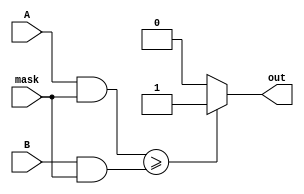
module Masked_Comparator (
    input [7:0] A,
    input [7:0] B,
    input [7:0] mask,
    output reg out
);

always @* begin
    out = ((A & mask) >= (B & mask)) ? 1'b1 : 1'b0;
end

endmodule